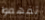
تفهموا